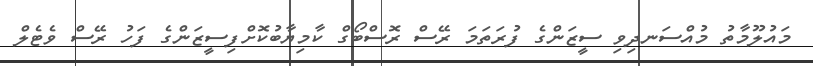
މައުލޫމާތު މުއްސަނދިވި ސީޒަންގެ ފުރަތަމަ ރޭސް ރޮސްބޯގް ކާމިޔާބުކޮށްފިސީޒަންގެ ފަހު ރޭސް ވެޓެލް